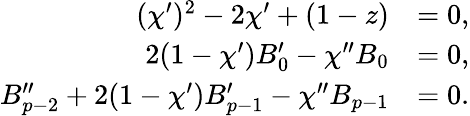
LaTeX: \begin{array}{rl}{(\chi^{\prime})^{2}-2\chi^{\prime}+(1-z)}&{=0,}\\ {2(1-\chi^{\prime})B_{0}^{\prime}-\chi^{\prime\prime}B_{0}}&{=0,}\\ {B_{p-2}^{\prime\prime}+2(1-\chi^{\prime})B_{p-1}^{\prime}-\chi^{\prime\prime}B_{p-1}}&{=0.}\end{array}